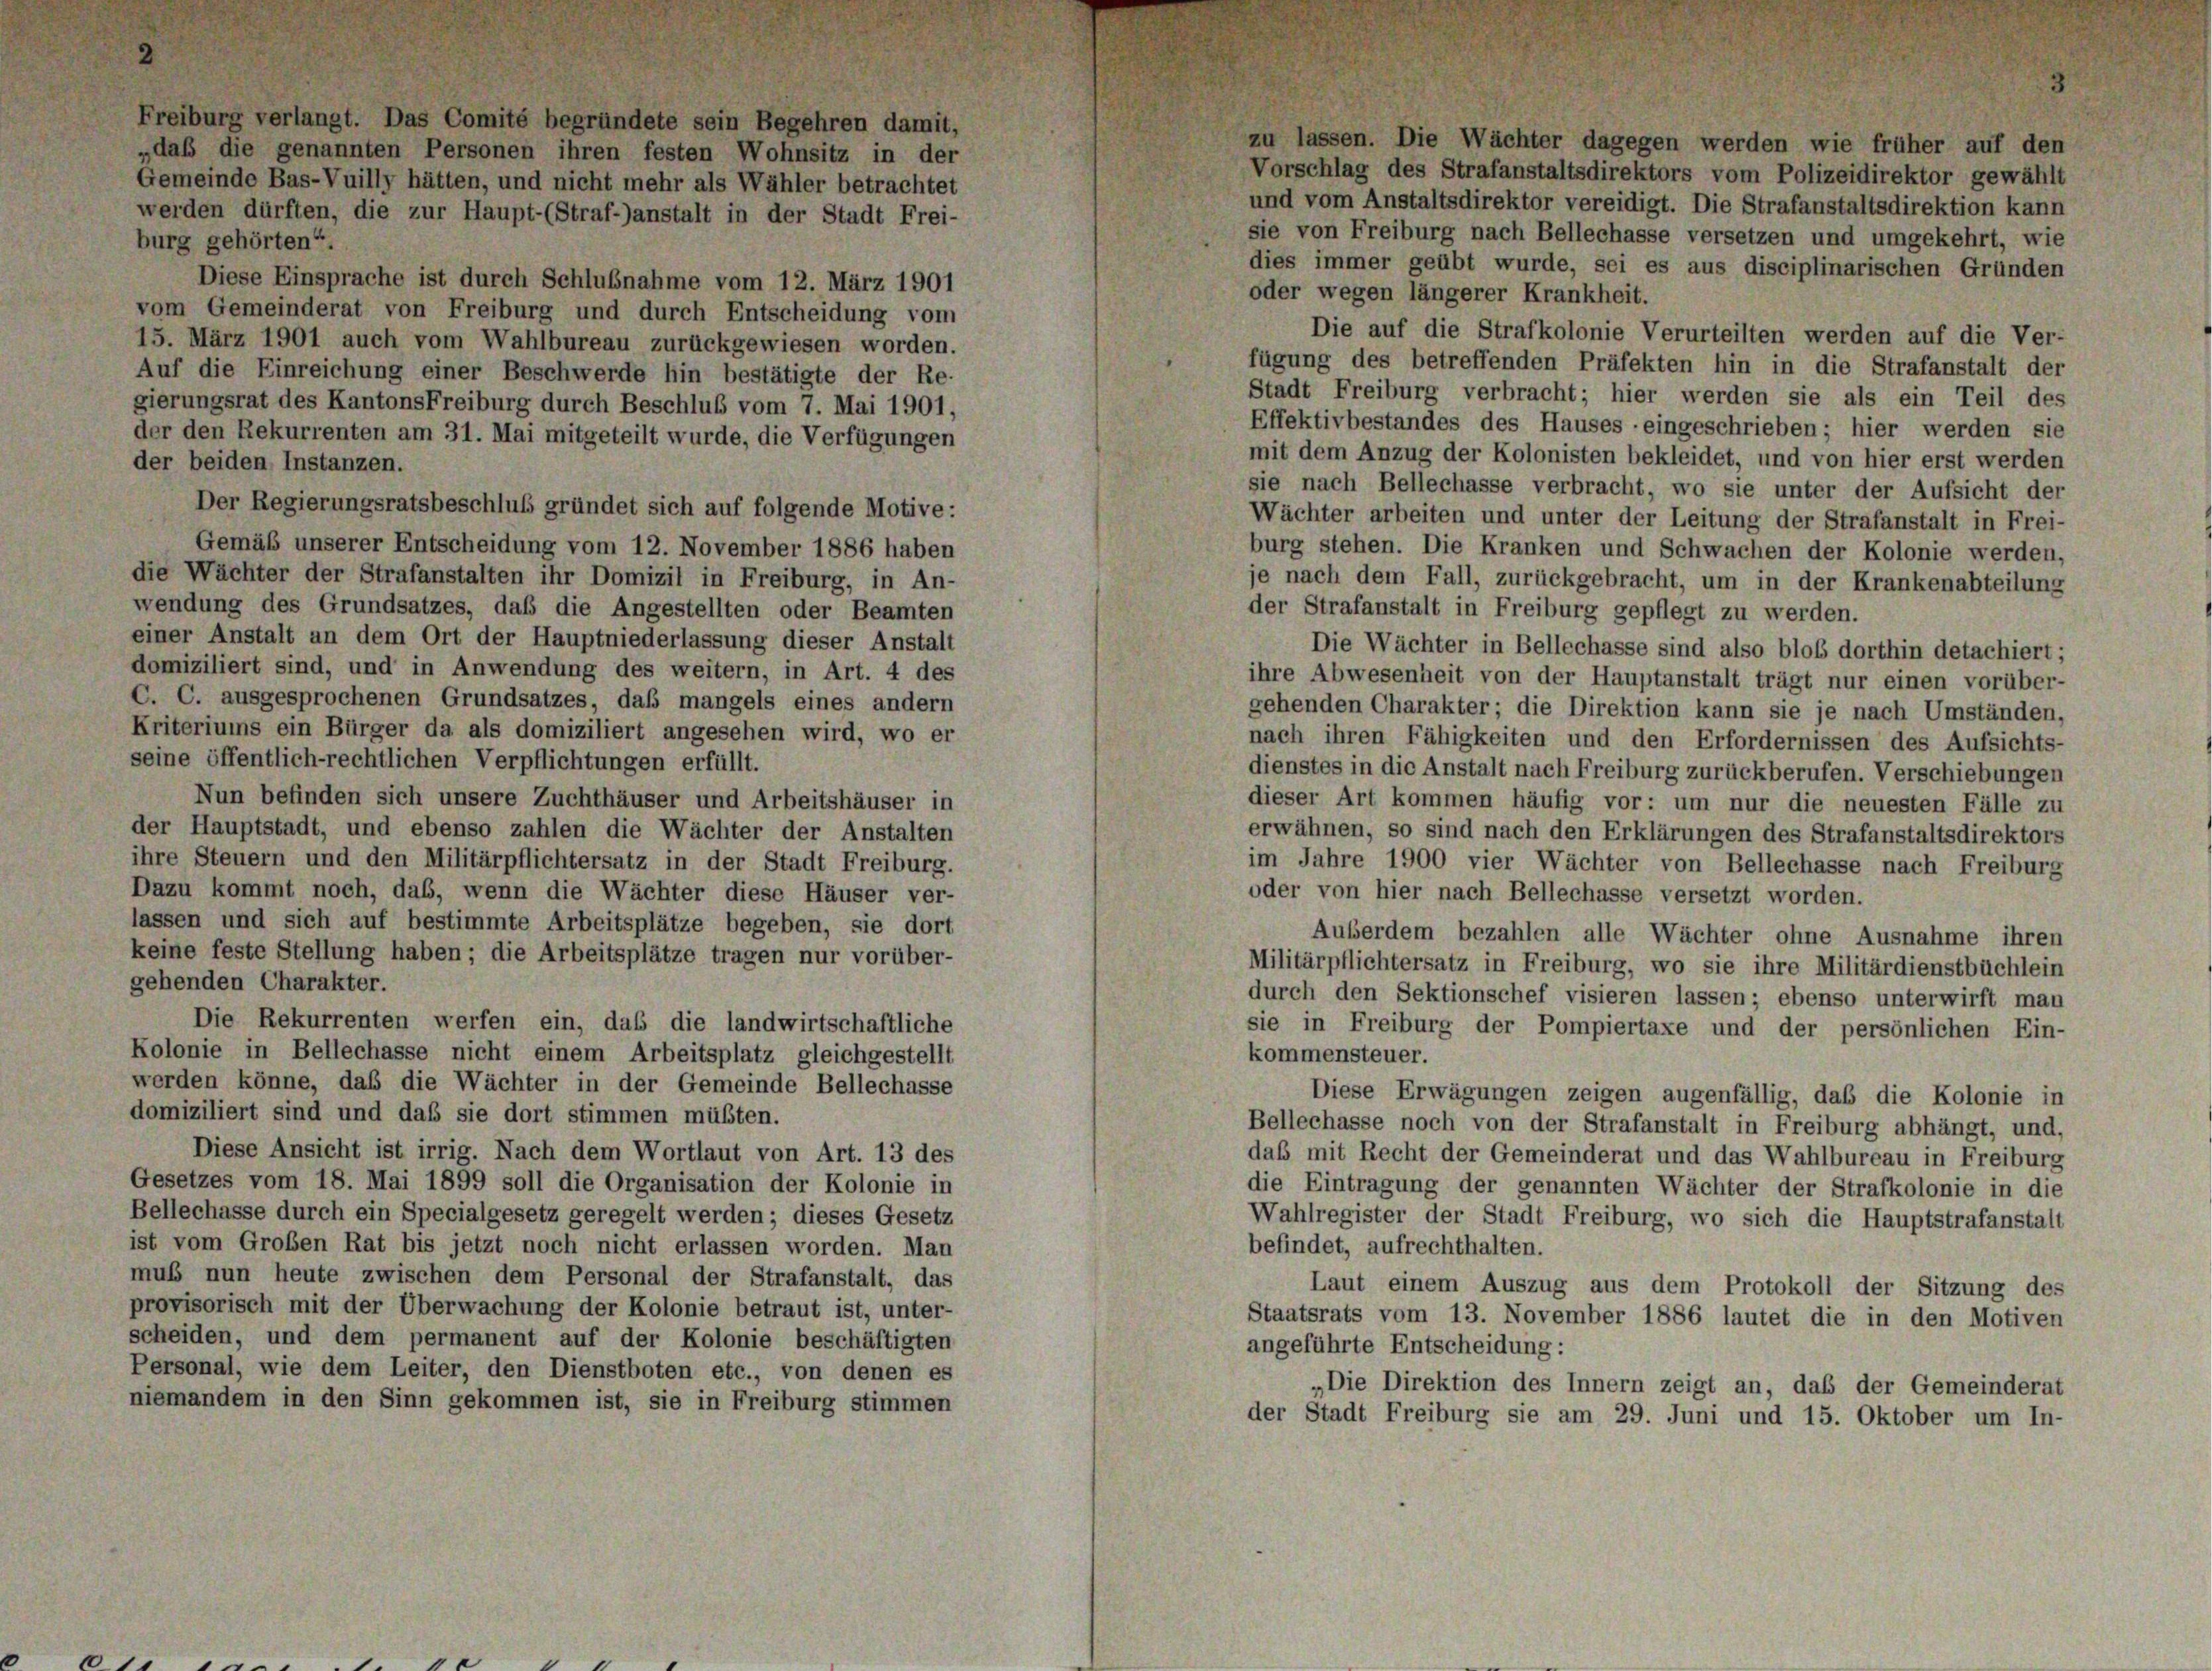
o Bas-Vui

6

ten Personen ihren festen Wohnsitz in d
lly hätten, und nicht mehr als Wähler betracht

e 2

dete sein Begehren dam
r Haupt- (Strafanstalt in der Stadt Frei-

burg gehörten“.
Diese Einsprache ist durch Schlußnahme vom 12. März 1901
vom Gemeinderat von Freiburg und durch Entscheidung vom
15. März 1901 auch vom Wahlbureau zurückgewiesen worden.
Auf die Einreichung einer Beschwerde hin bestätigte der Re-
gierungsrat des KantonsFreiburg durch Beschluß vom 7. Mai 1901,
der den Rekurrenten am 31. Mai mitgeteilt wurde, die Verfügungen
der beiden Instanzen.
Der Regierungsratsbeschluss gründet sich auf folgende Motive:
Gemäß unserer Entscheidung vom 12. November 1886 haben
die Wächter der Strafanstalten ihr Domizil in Freiburg, in An-
wendung des Grundsatzes, daß die Angestellten oder Beamten
einer Anstalt an dem Ort der Hauptniederlassung dieser Anstalt
domiziliert sind, und in Anwendung des weitern, in Art. 4 des
C. C. ausgesprochenen Grundsatzes, daß mangels eines andern
Kriteriums ein Bürger da als domiziliert angesehen wird, wo er
seine öffentlich-rechtlichen Verpflichtungen erfüllt.
Nun befinden sich unsere Zuchthäuser und Arbeitshäuser in
der Hauptstadt, und ebenso zahlen die Wächter der Anstalten
ihre Steuern und den Militärpflichtersatz in der Stadt Freiburg.
Dazu kommt noch, das, wenn die Wächter diese Häuser ver-
lassen und sich auf bestimmte Arbeitsplätze begeben, sie dort
keine feste Stellung haben; die Arbeitsplätze tragen nur vorüber-
gehenden Charakter.
Die Rekurrenten werfen ein, daß die landwirtschaftliche
Kolonie in Bellechasse nicht einem Arbeitsplatz gleichgestellt
werden könne, daß die Wächter in der Gemeinde Bellechasse
domiziliert sind und daß sie dort stimmen müßten.
Diese Ansicht ist irrig. Nach dem Wortlaut von Art. 13 des
Gesetzes vom 18. Mai 1899 soll die Organisation der Kolonie in
Bellechasse durch ein Specialgesetz geregelt werden; dieses Gesetz
ist vom Groben Rat bis jetzt noch nicht erlassen worden. Man
mub nun heute zwischen dem Personal der Strafanstalt, das
provisorisch mit der Überwachung der Kolonie betraut ist, unter-
scheiden, und dem permanent auf der Kolonie beschäftigten
Personal, wie dem Leiter, den Dienstboten etc., von denen es
niemandem in den Sinn gekommen ist, sie in Freiburg stimmen

zu lassen. Die Wächter dagegen werden wie früher auf den
Vorschlag des Strafanstaltsdirektors vom Polizeidirektor gewählt
und vom Anstaltsdirektor vereidigt. Die Strafanstaltsdirektion kann
sie von Freiburg nach Bellechasse versetzen und umgekehrt, wie
dies immer geübt wurde, sei es aus disciplinarischen Gründen
oder wegen längerer Krankheit.
Die auf die Strafkolonie Verurteilten werden auf die Ver-
fügung des betreffenden Präfekten hin in die Strafanstalt der
Stadt Freiburg verbracht; hier werden sie als ein Teil des
Effektivbestandes des Hauses eingeschrieben; hier werden sie
mit dem Anzug der Kolonisten bekleidet, und von hier erst werden
sie nach Bellechasse verbracht, wo sie unter der Aufsicht der
Wächter arbeiten und unter der Leitung der Strafanstalt in Frei-
burg stehen. Die Kranken und Schwachen der Kolonie werden,
je nach dem Fall, zurückgebracht, um in der Krankenabteilung
der Strafanstalt in Freiburg gepflegt zu werden.
Die Wächter in Bellechasse sind also bloß dorthin detachiert;
ihre Abwesenheit von der Hauptanstalt trägt nur einen vorüber-
gehenden Charakter; die Direktion kann sie je nach Umständen,
nach ihren Fähigkeiten und den Erfordernissen des Aufsichts-
dienstes in die Anstalt nach Freiburg zurückberufen. Verschiebungen
dieser Art kommen häufig vor: um nur die neuesten Fälle zu
erwähnen, so sind nach den Erklärungen des Strafanstaltsdirektors
im Jahre 1900 vier Wächter von Bellechasse nach Freiburg
oder von hier nach Bellechasse versetzt worden.
Außerdem bezahlen alle Wächter ohne Ausnahme ihren
Militärpflichtersatz in Freiburg, wo sie ihre Militärdienstbüchlein
durch den Sektionschef visieren lassen; ebenso unterwirft man
sie in Freiburg der Pompiertaxe und der persönlichen Ein-
kommensteuer.
Diese Erwägungen zeigen augenfällig, daß die Kolonie in
Bellechasse noch von der Strafanstalt in Freiburg abhängt, und,
daß mit Recht der Gemeinderat und das Wahlbureau in Freiburg
die Eintragung der genannten Wächter der Strafkolonie in die
Wahlregister der Stadt Freiburg, wo sich die Hauptstrafanstalt
befindet, aufrechthalten.
Laut einem Auszug aus dem Protokoll der Sitzung des
Staatsrats vom 13. November 1886 lautet die in den Motiven
angeführte Entscheidung:
„Die Direktion des Innern zeigt an, daß der Gemeinderat
der Stadt Freiburg sie am 29. Juni und 15. Oktober um In-